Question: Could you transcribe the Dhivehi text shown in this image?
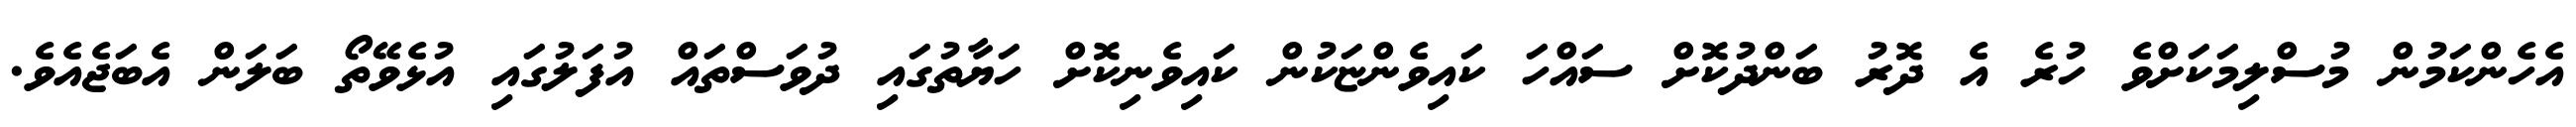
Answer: އެހެންކަމުން މުސްލިމަކަށްވެ ހުރެ އެ ދޮރު ބަންދުކޮށް ސައްހަ ކައިވެންޏަކުން ކައިވެނިކޮށް ހަޔާތުގައި ދުވަސްތައް އުފަލުގައި އުޅެވޭތޯ ބަލަން އެބަޖެއެވެ.